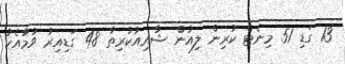
13 ގަޑި 51 މިނެޓް ކުރިން ލިއުން ޝާއިއުކުރިތާ 48 ގަޑިއިރު ވުމާއެކު